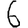
Digit: 6